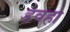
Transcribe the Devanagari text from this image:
डवहा